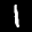
Label: 1